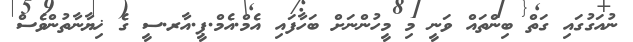
ނުއަގުގައި ގަތް ބިންތައް ވަނީ މި މީހުންނަށް ބަހާފައި އެމް.އެމް.ޕީ.އާރ.ސީ ގެ ޚިޔާނާތުންވެސް